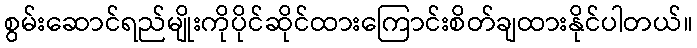
စွမ်းဆောင်ရည်မျိုးကိုပိုင်ဆိုင်ထားကြောင်းစိတ်ချထားနိုင်ပါတယ်။